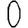
Digit: 0